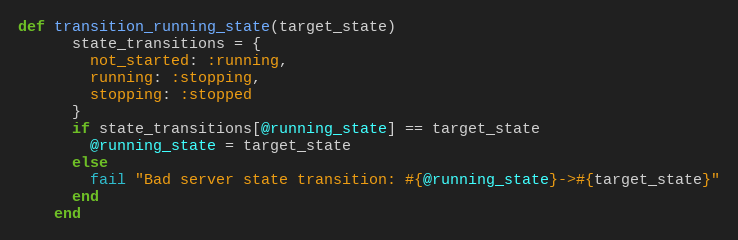
Language: Ruby
def transition_running_state(target_state)
      state_transitions = {
        not_started: :running,
        running: :stopping,
        stopping: :stopped
      }
      if state_transitions[@running_state] == target_state
        @running_state = target_state
      else
        fail "Bad server state transition: #{@running_state}->#{target_state}"
      end
    end